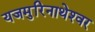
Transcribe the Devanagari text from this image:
यजमुरिनाथेश्‍वर